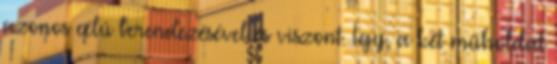
azonos célú berendezésével és viszont. Így, a két műholdat